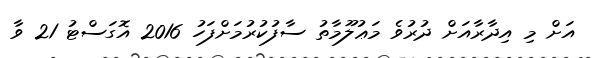
އަށް މި އިދާރާއަށް ދުރުވެ މަޢުލޫމާތު ސާފުކުރުމަށްފަހު 2016 އޮގަސްޓު 21 ވާ